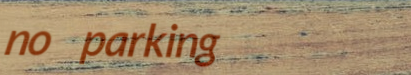
no parking